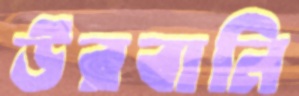
উরবানি